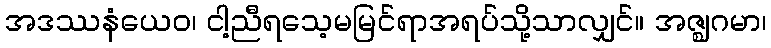
အဒဿနံယေဝ၊ ငါ့ညီရသေ့မမြင်ရာအရပ်သို့သာလျှင်။ အဇ္ဈဂမာ၊